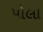
પોલો